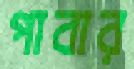
পাবার